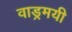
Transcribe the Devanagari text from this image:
वाड्रमयी